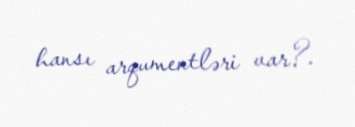
hansı arqumentləri var?.